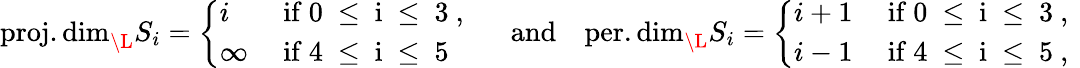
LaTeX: \begin{array}{r}{\operatorname{proj.dim}_{\L}S_{i}=\left\{ \begin{array}{ll}{i}&{\mathrm{~if~0~\leq~i~\leq~3~,~}}\\ {\infty}&{\mathrm{~if~4~\leq~i~\leq~5~}}\end{array}\right.\mathrm{\quad~and\quad}\operatorname{per.dim}_{\L}S_{i}=\left\{ \begin{array}{ll}{i+1}&{\mathrm{~if~0~\leq~i~\leq~3~,~}}\\ {i-1}&{\mathrm{~if~4~\leq~i~\leq~5~,}}\end{array}\right.}\end{array}